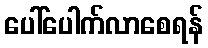
ပေါ်ပေါက်လာစေရန်